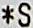
*S